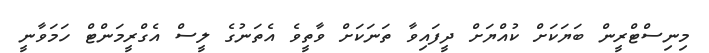
މިނިސްޓްރީން ބަޔަކަށް ކުއްޔަށް ދީފައިވާ ތަނަކަށް ވާތީވެ އެތަނުގެ ލީސް އެގްރީމަންޓް ހަމަވާނީ